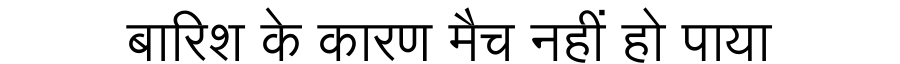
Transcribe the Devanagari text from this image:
बारिश के कारण मैच नहीं हो पाया